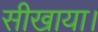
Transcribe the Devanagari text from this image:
सीखाया।